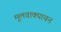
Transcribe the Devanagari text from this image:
मूलवाक्यायन